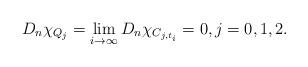
LaTeX: \begin{align*}D_n\chi_{Q_j} = \lim_{i\rightarrow\infty} D_n\chi_{C_{j,t_i}} = 0, j=0,1,2.\end{align*}